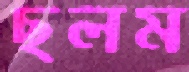
ছলম